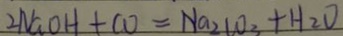
2 N a O H + C O = N a _ { 2 } C O _ { 3 } + H _ { 2 } O